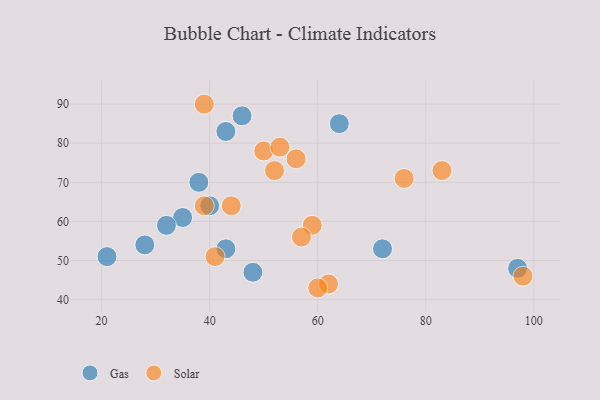
{"axis": {"x": "GDP", "y": "Life Expectancy"}, "legend": ["Gas", "Solar"], "data": [{"x": "35", "y": 61, "type": "Gas"}, {"x": "46", "y": 87, "type": "Gas"}, {"x": "32", "y": 59, "type": "Gas"}, {"x": "43", "y": 83, "type": "Gas"}, {"x": "43", "y": 53, "type": "Gas"}, {"x": "40", "y": 64, "type": "Gas"}, {"x": "28", "y": 54, "type": "Gas"}, {"x": "97", "y": 48, "type": "Gas"}, {"x": "72", "y": 53, "type": "Gas"}, {"x": "64", "y": 85, "type": "Gas"}, {"x": "21", "y": 51, "type": "Gas"}, {"x": "48", "y": 47, "type": "Gas"}, {"x": "38", "y": 70, "type": "Gas"}, {"x": "62", "y": 44, "type": "Solar"}, {"x": "76", "y": 71, "type": "Solar"}, {"x": "39", "y": 90, "type": "Solar"}, {"x": "41", "y": 51, "type": "Solar"}, {"x": "56", "y": 76, "type": "Solar"}, {"x": "52", "y": 73, "type": "Solar"}, {"x": "50", "y": 78, "type": "Solar"}, {"x": "59", "y": 59, "type": "Solar"}, {"x": "98", "y": 46, "type": "Solar"}, {"x": "83", "y": 73, "type": "Solar"}, {"x": "53", "y": 79, "type": "Solar"}, {"x": "44", "y": 64, "type": "Solar"}, {"x": "57", "y": 56, "type": "Solar"}, {"x": "60", "y": 43, "type": "Solar"}, {"x": "39", "y": 64, "type": "Solar"}]}